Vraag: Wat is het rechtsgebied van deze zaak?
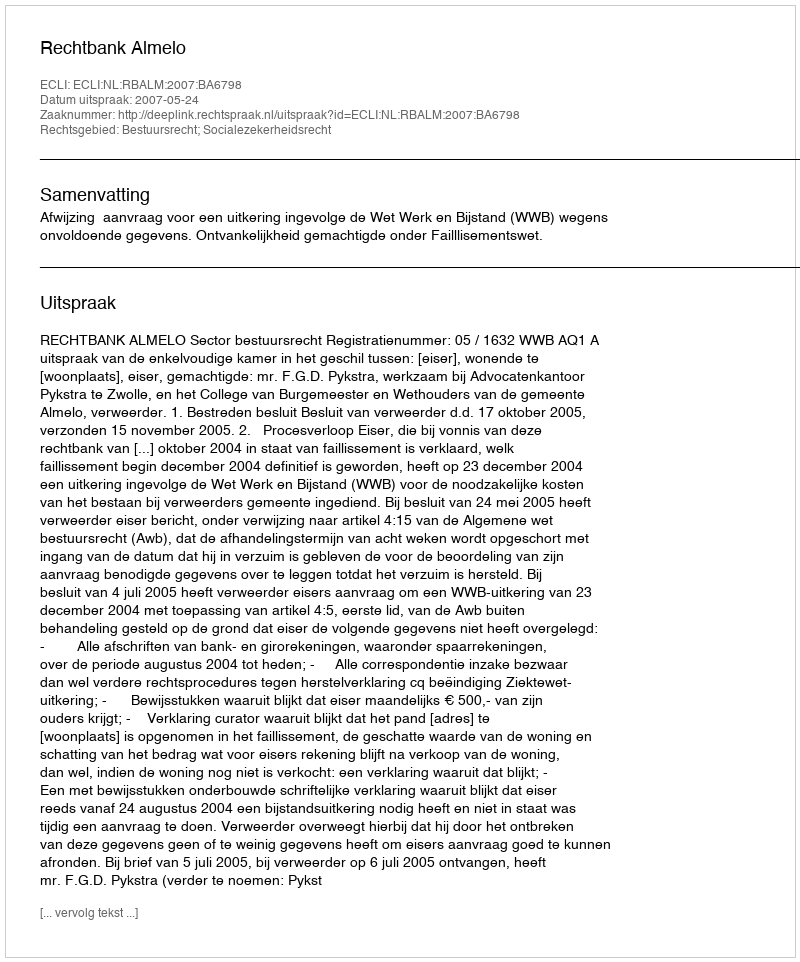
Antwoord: Bestuursrecht; Socialezekerheidsrecht